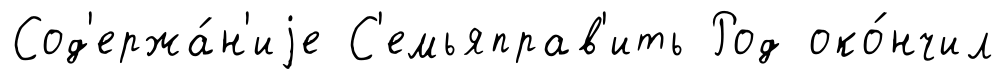
Сод'ержа́н'иjе С'емьяправ'ить Род око́нчил